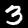
Digit: 3